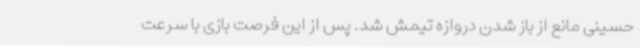
حسینی مانع از باز شدن دروازه تیمش شد. پس از این فرصت بازی با سرعت